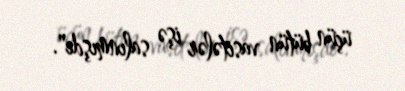
üçün bütün vasitələr işə salınmışdı".